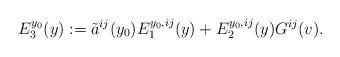
LaTeX: \begin{align*}E_3^{y_0}(y) := \tilde{a}^{ij}(y_0)E_1^{y_0,ij}(y)+E^{y_0,ij}_2(y)G^{ij}(v).\end{align*}